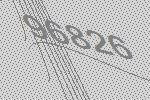
96826